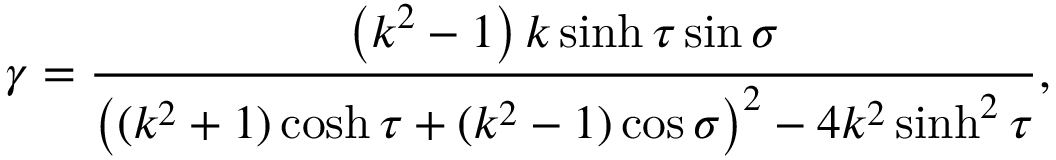
\gamma = \frac { \left( k ^ { 2 } - 1 \right) k \sinh \tau \sin \sigma } { \left( ( k ^ { 2 } + 1 ) \cosh \tau + ( k ^ { 2 } - 1 ) \cos \sigma \right) ^ { 2 } - 4 k ^ { 2 } \sinh ^ { 2 } \tau } ,